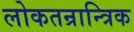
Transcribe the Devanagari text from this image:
लोकतन्रान्त्रिक